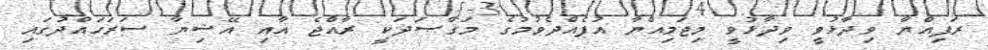
ރަފިއްޔާ ވިދާޅުވީ ވިދާޅުވީ މިޖަމިއްޔާ އުފެއްދެވުމުގެ މަޤްޞަދަކީ ރާއްޖެ އާއި އޭޝިޔާ ސަރަހައްދުގައި